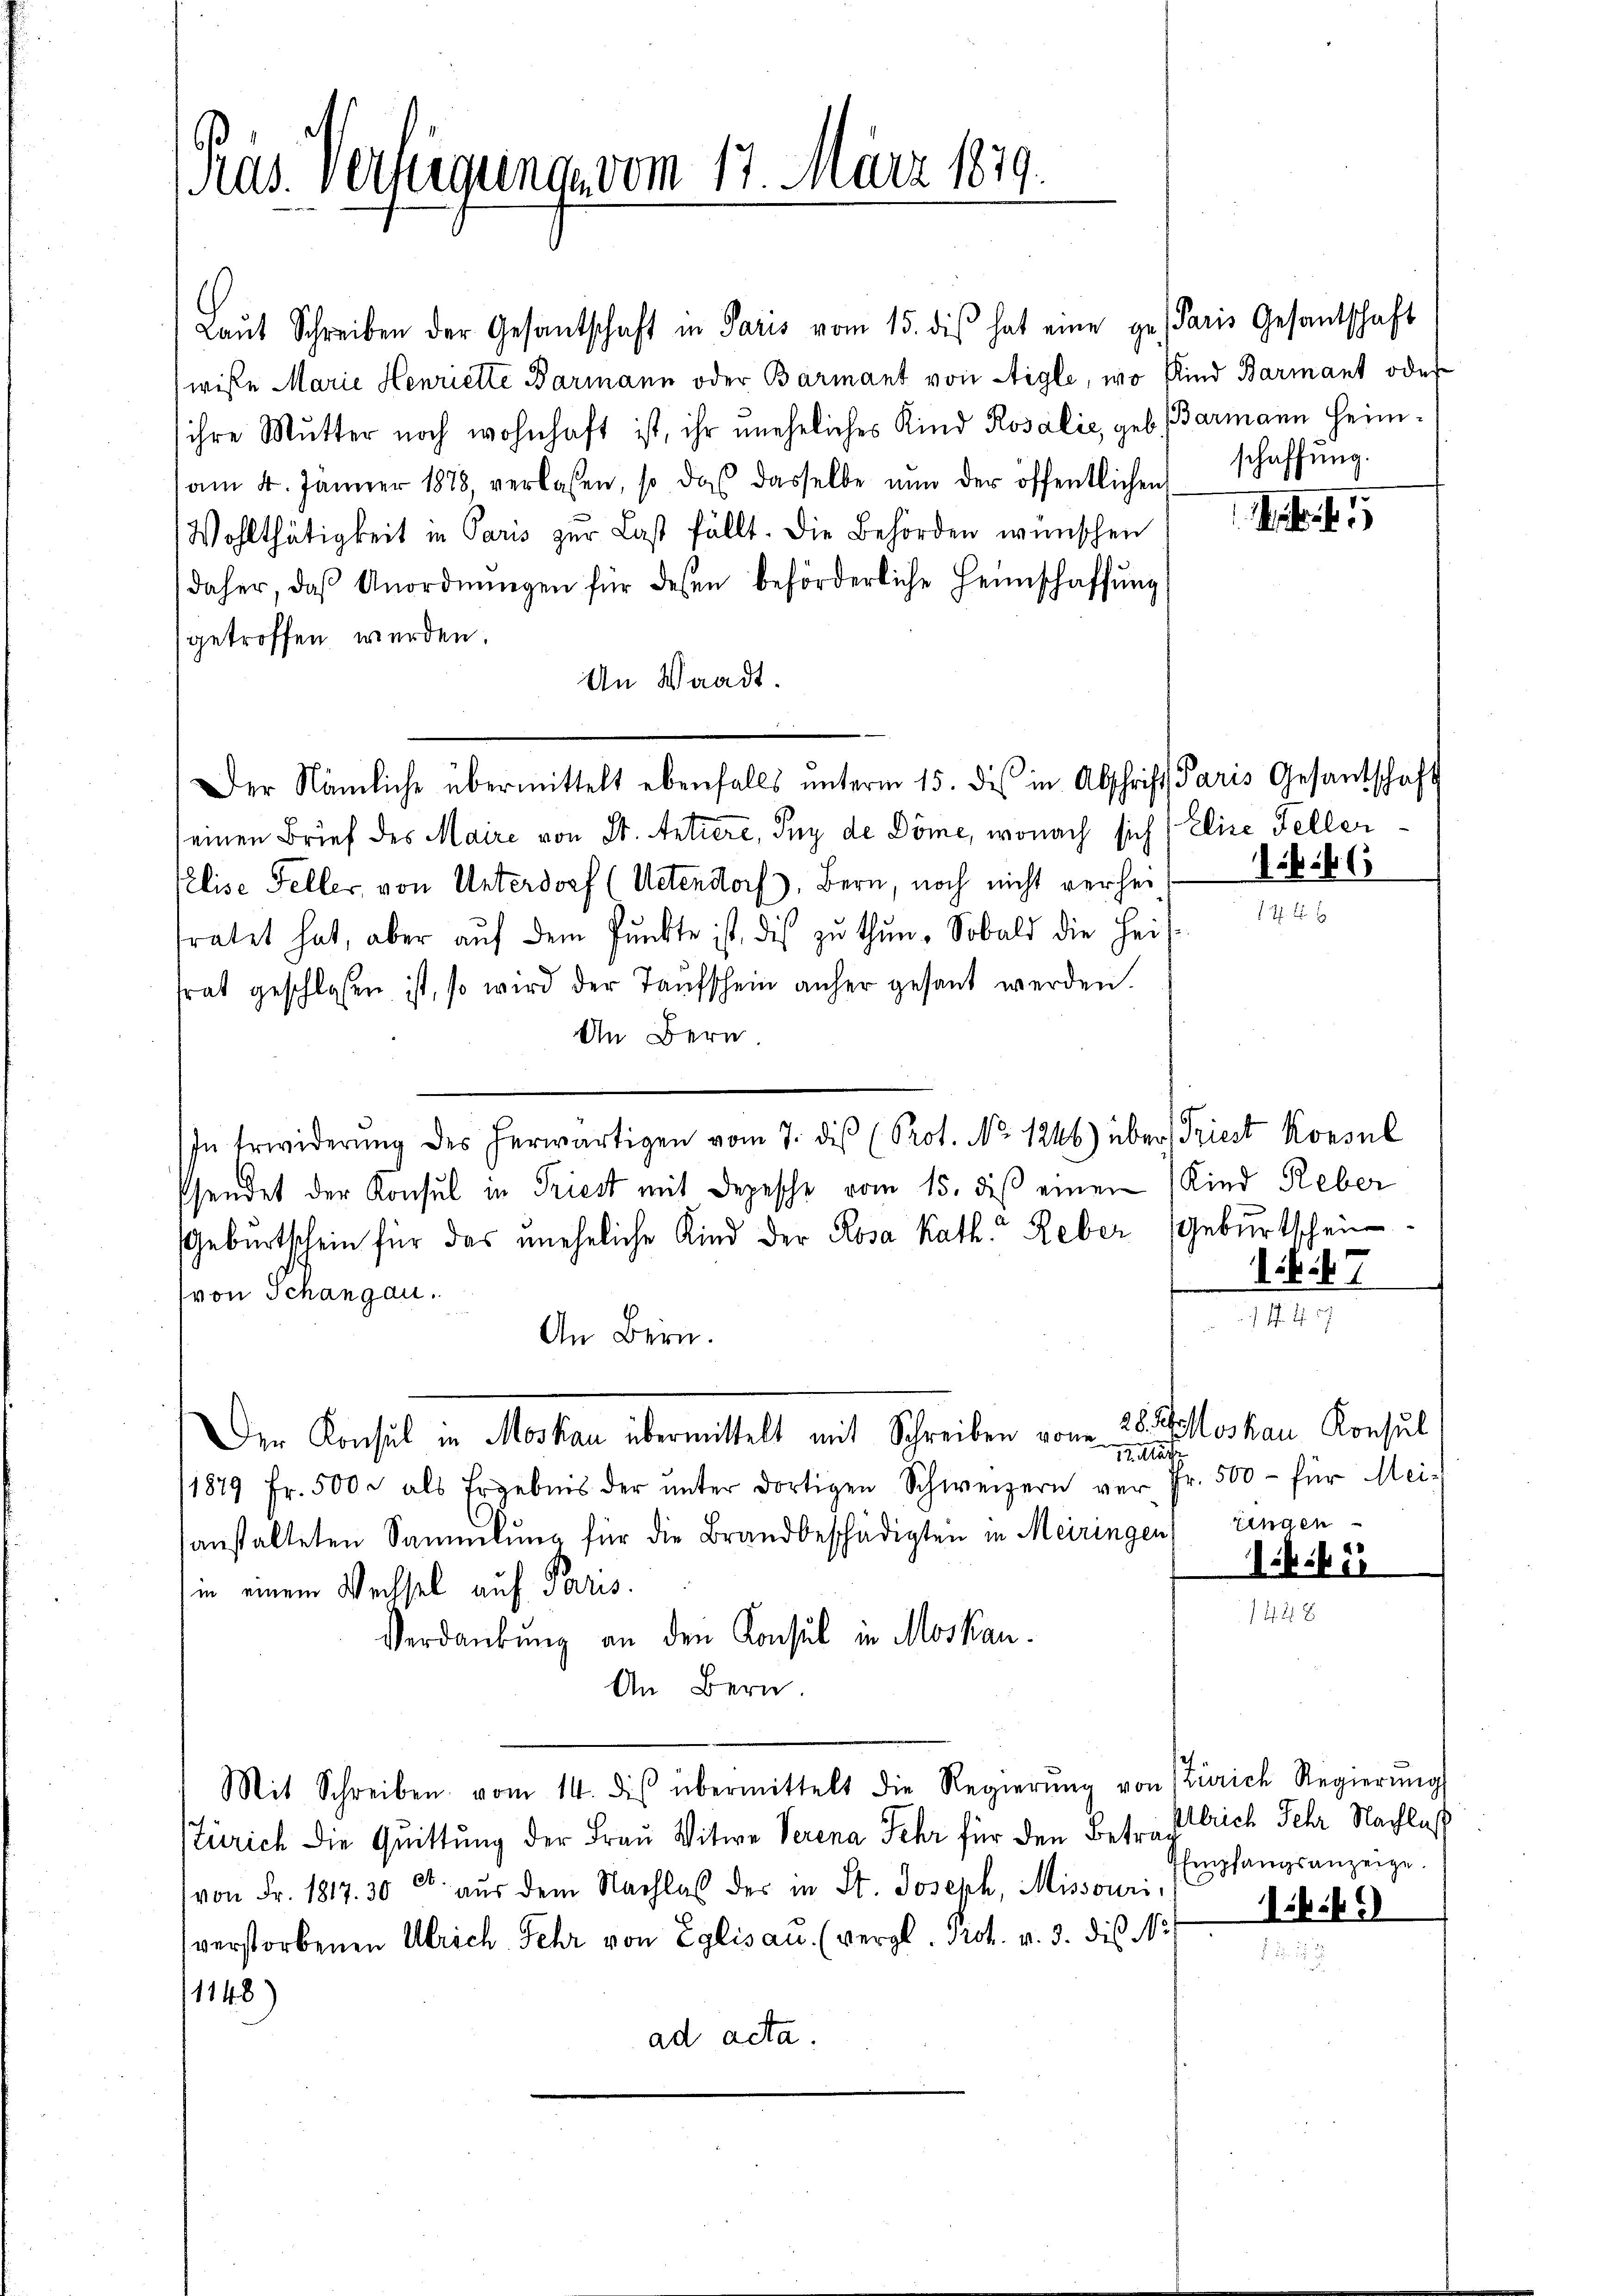
Ras. verlegung vom 17. März 1819.

Laŭt Schreiben der Gesantschaft in Paris vom 15. dis hat eine ge Paris Gesantschaft
wisse Marie Henriette Barmann oder Barmant von Aigle, wo Kind Barmant oder
ihre Mutter noch wohnhaft ist, ihr uneheliches Kind Rosalić, geb. Barmann Heimam 4. Jänner 1878, verlassen, so das dasselbe nŭn der öffentlichen
Wohlthätigkeit in Paris zŭr Last fällt. Die Behörden wünschen
daher, daβ Anordnŭngen für desen beförderliche Heimschaffŭng
getroffen werden.
An Waadt.
e
Der Nämliche übermittelt ebenfalls ŭnterm 15. des in Abschrift Paris Gesantschaft
einen Brief des Maire von St. Antiere, Sey de Döme, wonach sich (Elise Feller
Elise Feller von Unterdorf (Uetendorf), Bern, noch nicht verheit Vikbli
fratet hat, aber aŭf dem Pŭnkte ist dis zŭ thŭn. Sobald die Heil-
frat geschlossen ist, so wird der Taŭfschein anher gesant werden.
An Bern.
In Erwiderŭng des herwärtigen vom 7. die (Prot. No. 1246) über Friest Konsul
Psendet der Konsul in Triest mit Depesche vom 15. des einen Kind Reber
Geburtschein für das uneheliche Kind der Rosa kath. Reber Geburtschein¬
(von Schangau.

An Bern.
Der Konsul in Moskau übermittelt mit Schreiben vom 28. Koloskau Konsul
iture
11879 Fr. 500. als Ergebnis der ŭnter dortigen Schweizern vor Fr. 500 - für Mei-
anstalteten Sammlung für die Brandbeschädigten in Meiringen) eingen
in einem Wechsel auf Paris.
Verdankung an den Konsul in Moskau
An Bern.
Mit Schreiben vom 14. des übermittelt die Regierŭng von Zürich Regierŭng
Zürich die Quittung der Frau Witwe Verena Sehr für den Betraf leich sehr Nachlas
von Fr. 1817. 30 c. aus dem Nachlas der in St. Joseph, Missouri
verstorbenen Ulrich sehr von Eglisau (vergl. Prot. v. 3. des No 7
1148)
ad acta.

schaffung.

Art. 1

6 47

12

1. 545

c

ibit

Empfangsanzeige.